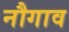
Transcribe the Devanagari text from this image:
नौगाव